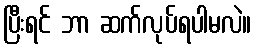
ပြီးရင် ဘာ ဆက်လုပ်ရပါမလဲ။